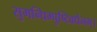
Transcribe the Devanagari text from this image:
सुगन्धिम्पुष्टिवर्धनम्‌।